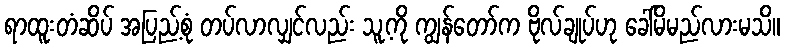
ရာထူးတံဆိပ် အပြည့်စုံ တပ်လာလျှင်လည်း သူ့ကို ကျွန်တော်က ဗိုလ်ချုပ်ဟု ခေါ်မိမည်လားမသိ။